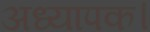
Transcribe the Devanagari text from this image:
अध्यापक।